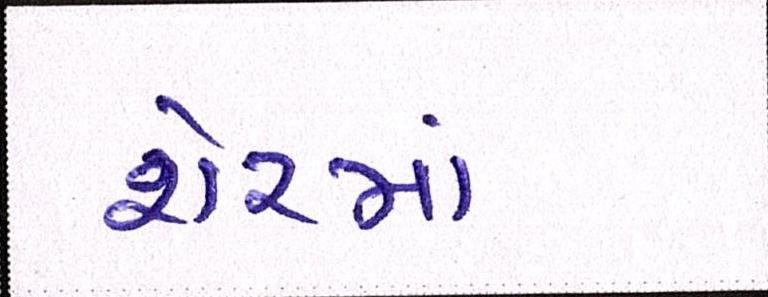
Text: શેરમાં